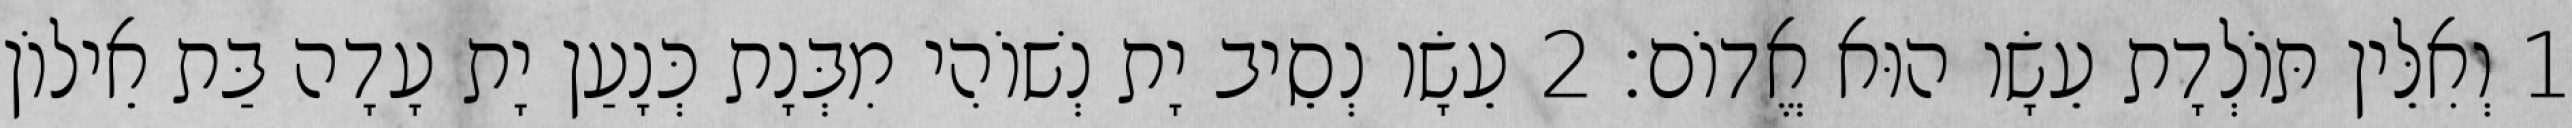
1 וְאִלֵּין תּוֹלְדָת עֵשָׂו הוּא אֱדוֹם׃ 2 עֵשָׂו נְסֵיב יָת נְשׁוֹהִי מִבְּנָת כְּנָעַן יָת עָדָה בַּת אֵילוֹן